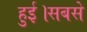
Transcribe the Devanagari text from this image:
हुई।सबसे